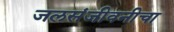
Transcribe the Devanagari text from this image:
जलसंजीवनीचा